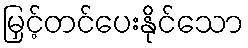
မြှင့်တင်ပေးနိုင်သော